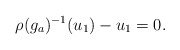
\begin{align*} \rho(g_a)^{-1}(u_1)-u_1=0.\end{align*}